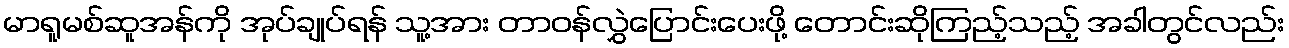
မာရူမစ်ဆူအန်ကို အုပ်ချုပ်ရန် သူ့အား တာဝန်လွှဲပြောင်းပေးဖို့ တောင်းဆိုကြည့်သည့် အခါတွင်လည်း